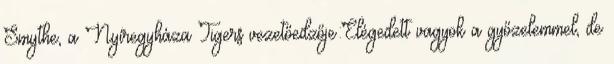
Smythe, a Nyíregyháza Tigers vezetőedzője:Elégedett vagyok a győzelemmel, de